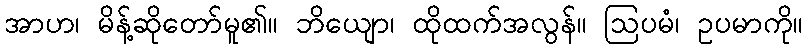
အာဟ၊ မိန့်ဆိုတော်မူ၏။ ဘိယျော၊ ထိုထက်အလွန်။ ဩပမံ၊ ဥပမာကို။